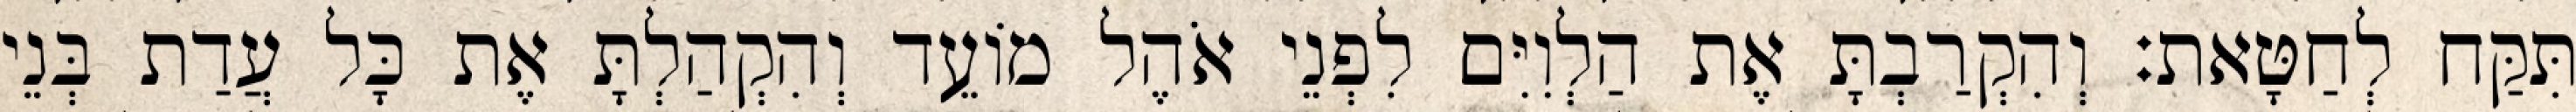
תִּקַּח לְחַטָּאת׃ וְהִקְרַבְתָּ אֶת הַלְוִיִּם לִפְנֵי אֹהֶל מוֹעֵד וְהִקְהַלְתָּ אֶת כָּל עֲדַת בְּנֵי